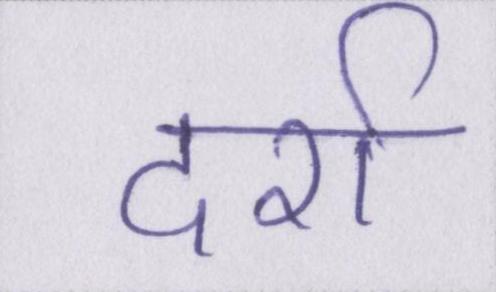
दर्रा